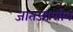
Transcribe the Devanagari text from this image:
जातजाणीव